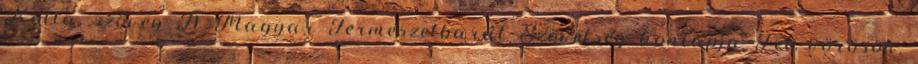
Kotta, szöveg A Magyar Természetbarát Szövetség honlapja Fel, vörösök,